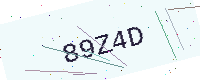
Text: 89Z4D